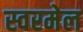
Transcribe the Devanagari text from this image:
स्वरमेल